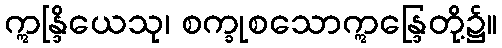
ဣန္ဒြိယေသု၊ စက္ခုစသောဣန္ဒြေတို့၌။